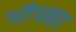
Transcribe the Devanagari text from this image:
पीपसार